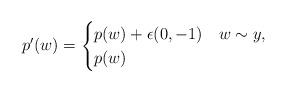
LaTeX: \begin{align*}p'(w)=\begin{cases}p(w)+\epsilon(0,-1)& w\sim y, \\p(w)& \end{cases}\end{align*}